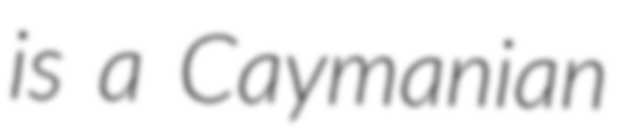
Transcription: is a Caymanian